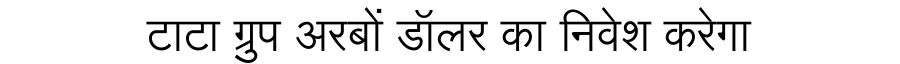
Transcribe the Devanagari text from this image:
टाटा ग्रुप अरबों डॉलर का निवेश करेगा